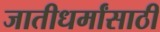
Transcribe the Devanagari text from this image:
जातीधर्मांसाठी